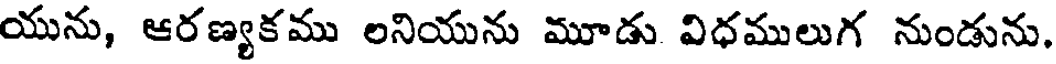
యును, ఆరణ్యకము లనియును మూడు విధములుగ నుండును.